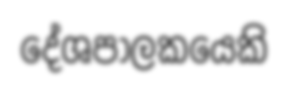
දේශපාලකයෙකි